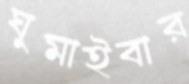
ঘুমাইবার